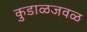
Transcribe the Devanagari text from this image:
कुडाळजवळ